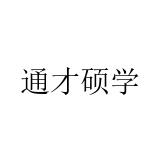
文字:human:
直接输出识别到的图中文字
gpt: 通才硕学